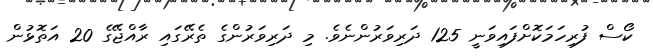
ކޯސް ފުރިހަމަކޮށްފައިވަނީ 125 ދަރިވަރުންނެވެ. މި ދަރިވަރުންގެ ތެރޭގައި ރާއްޖޭގެ 20 އަތޮޅުން